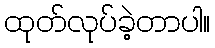
ထုတ်လုပ်ခဲ့တာပါ။